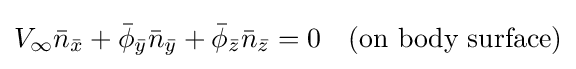
V_{\infty }{\bar {n}}_{\bar {x}}+{\bar {\phi }}_{\bar {y}}{\bar {n}}_{\bar {y}}+{\bar {\phi }}_{\bar {z}}{\bar {n}}_{\bar {z}}=0\quad {\mbox{(on body surface)}}